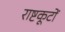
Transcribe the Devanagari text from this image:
राष्टकूटों